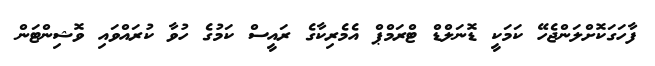
ފާހަގަކޮށްލަންޖެހޭ ކަމަކީ ޑޮނަލްޑް ޓްރަމްޕް އެމެރިކާގެ ރައީސް ކަމުގެ ހުވާ ކުރައްވައި ވޮޝިންޓަން